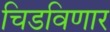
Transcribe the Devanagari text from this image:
चिडविणार